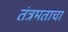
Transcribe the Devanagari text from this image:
तंत्रमताचा